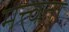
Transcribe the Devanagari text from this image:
मत्त्वता